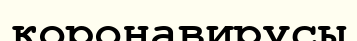
коронавирусы